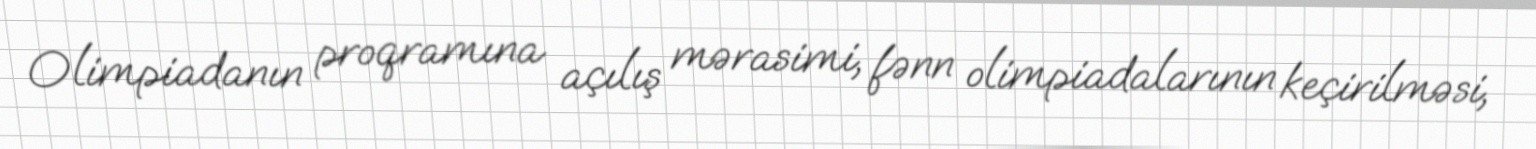
Olimpiadanın proqramına açılış mərasimi, fənn olimpiadalarının keçirilməsi,